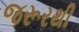
જરૂરથી